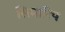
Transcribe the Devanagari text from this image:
सिमारिप